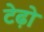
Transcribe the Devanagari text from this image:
टेढ़ो